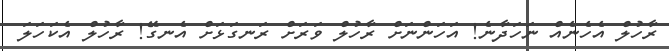
ރާހުލް އެހެނެއް ނަހަދާނެ! އަހަންނަށް ރާހުލް ވަރަށް ރަނގަޅަށް އެނގޭ! ރާހުލް އެކަހަލަ